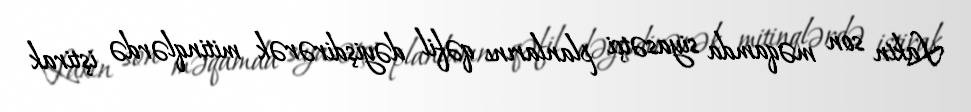
Lakin son məqamda siyasətçi planlarını qəfil dəyişdirərək mitinqlərdə iştirak